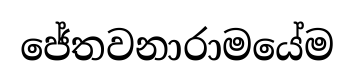
ජේතවනාරාමයේම